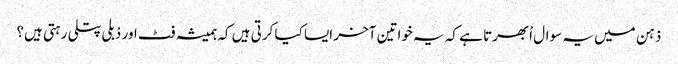
ذہن میں یہ سوال اْبھرتا ہے کہ یہ خواتین آخر ایسا کیا کرتی ہیں کہ ہمیشہ فٹ اور دْبلی پتلی رہتی ہیں؟